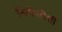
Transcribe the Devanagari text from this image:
नितीमत्तेशी